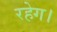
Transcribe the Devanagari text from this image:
रहेग।